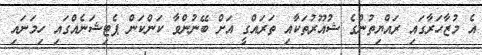
އެ މުޒާހަރާގައި ރައްޔިތުންގެ ޝުއޫރުތަކާއި ތަރައްގީ އަށް ބޭނުންވާ ކަންކަން ޕެޓިޝަނެއްގައި ހިމަނައި